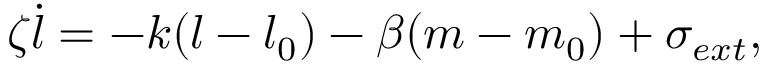
\zeta \dot { l } = - k ( l - l _ { 0 } ) - \beta ( m - m _ { 0 } ) + \sigma _ { e x t } ,